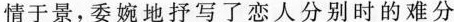
情于景，委婉地抒写了恋人分别时的难分